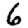
Digit: 6